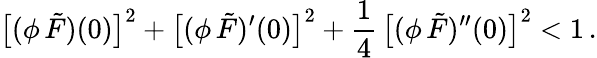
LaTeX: \big[(\phi\, \tilde{F})(0)\big]^{2}+\big[(\phi\, \tilde{F})^{\prime}(0)\big]^{2}+{\frac{1}{4}}\, \big[(\phi\, \tilde{F})^{\prime\prime}(0)\big]^{2}<1\, .